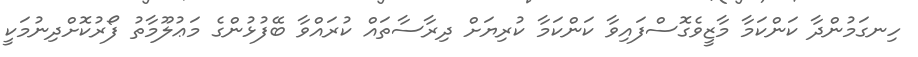
ހިނގަމުންދާ ކަންކަމާ މާޒީވެގޮސްފައިވާ ކަންކަމާ ކުރިޔަށް ދިރާސާތައް ކުރައްވާ ބޭފުޅުންގެ މަޢުލޫމާތު ފޯރުކޮށްދިނުމަކީ